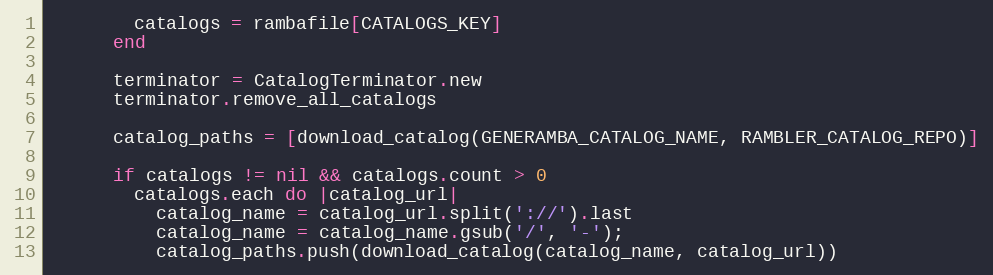
Language: Ruby
        catalogs = rambafile[CATALOGS_KEY]
      end

      terminator = CatalogTerminator.new
      terminator.remove_all_catalogs

      catalog_paths = [download_catalog(GENERAMBA_CATALOG_NAME, RAMBLER_CATALOG_REPO)]

      if catalogs != nil && catalogs.count > 0
        catalogs.each do |catalog_url|
          catalog_name = catalog_url.split('://').last
          catalog_name = catalog_name.gsub('/', '-');
          catalog_paths.push(download_catalog(catalog_name, catalog_url))